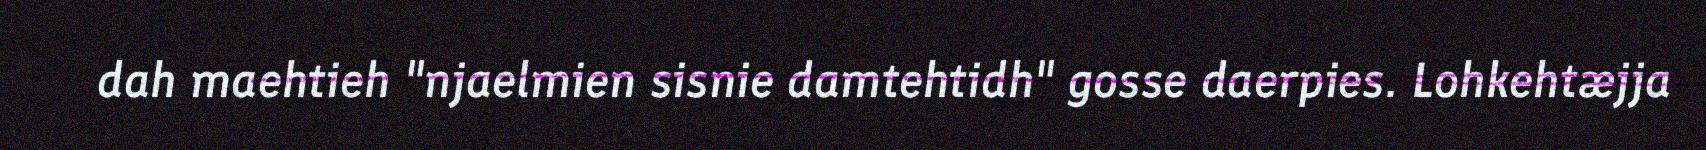
dah maehtieh "njaelmien sisnie damtehtidh" gosse daerpies. Lohkehtæjja